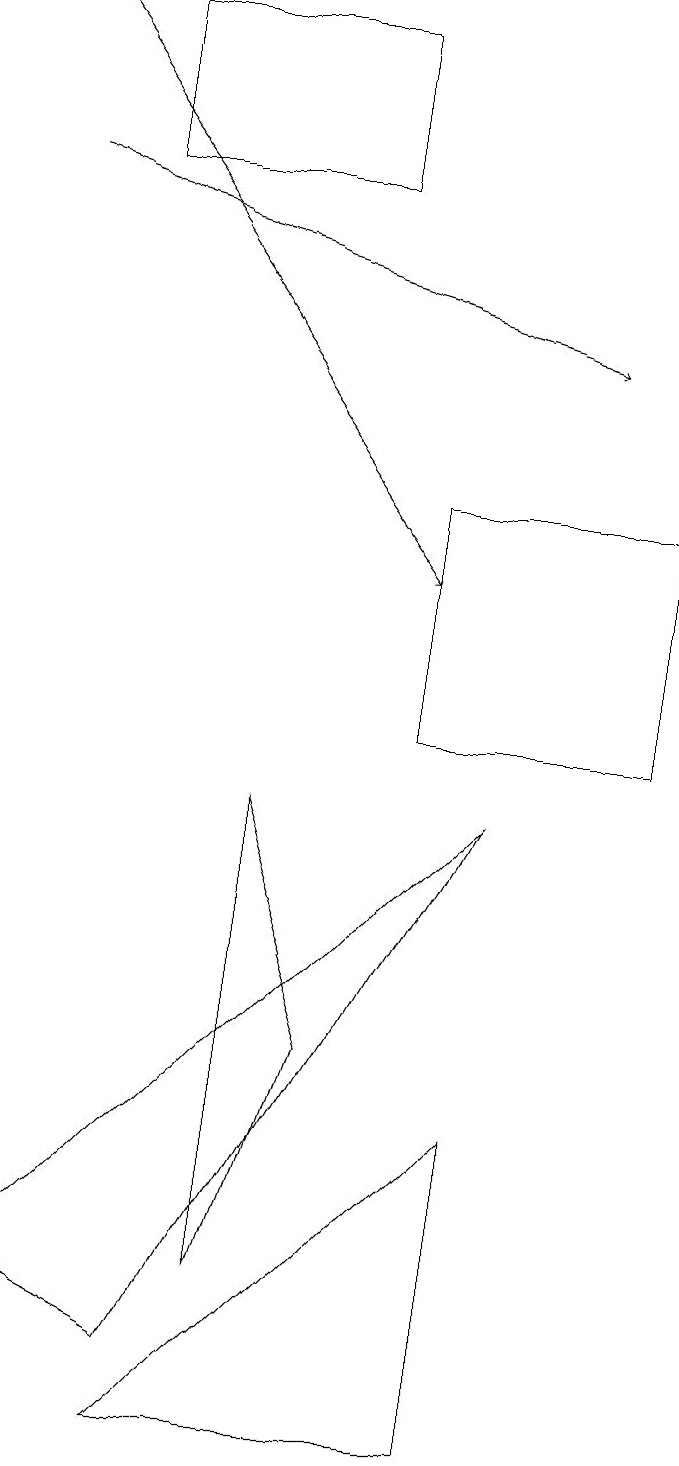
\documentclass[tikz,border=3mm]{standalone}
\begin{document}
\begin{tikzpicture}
\draw[->] (1,17) -- (8,15);
\draw (5,17) rectangle (2,19);
\draw (4,3) -- (5,6) -- (4,9) -- cycle;
\draw (7,5) -- (3,1) -- (7,1) -- cycle;
\draw (6,13) rectangle (9,10);
\draw (6,11) rectangle (6,11);
\draw[->] (1,19) -- (6,12);
\draw (1,3) -- (7,9) -- (3,2) -- cycle;
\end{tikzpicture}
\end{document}